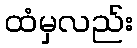
ထံမှလည်း